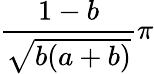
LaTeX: \frac{1-b}{\sqrt{b(a+b)}}\pi